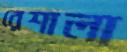
রেশালা